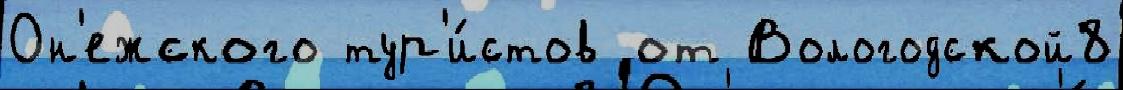
Он'ежского тур'и́стов от Вологодской8